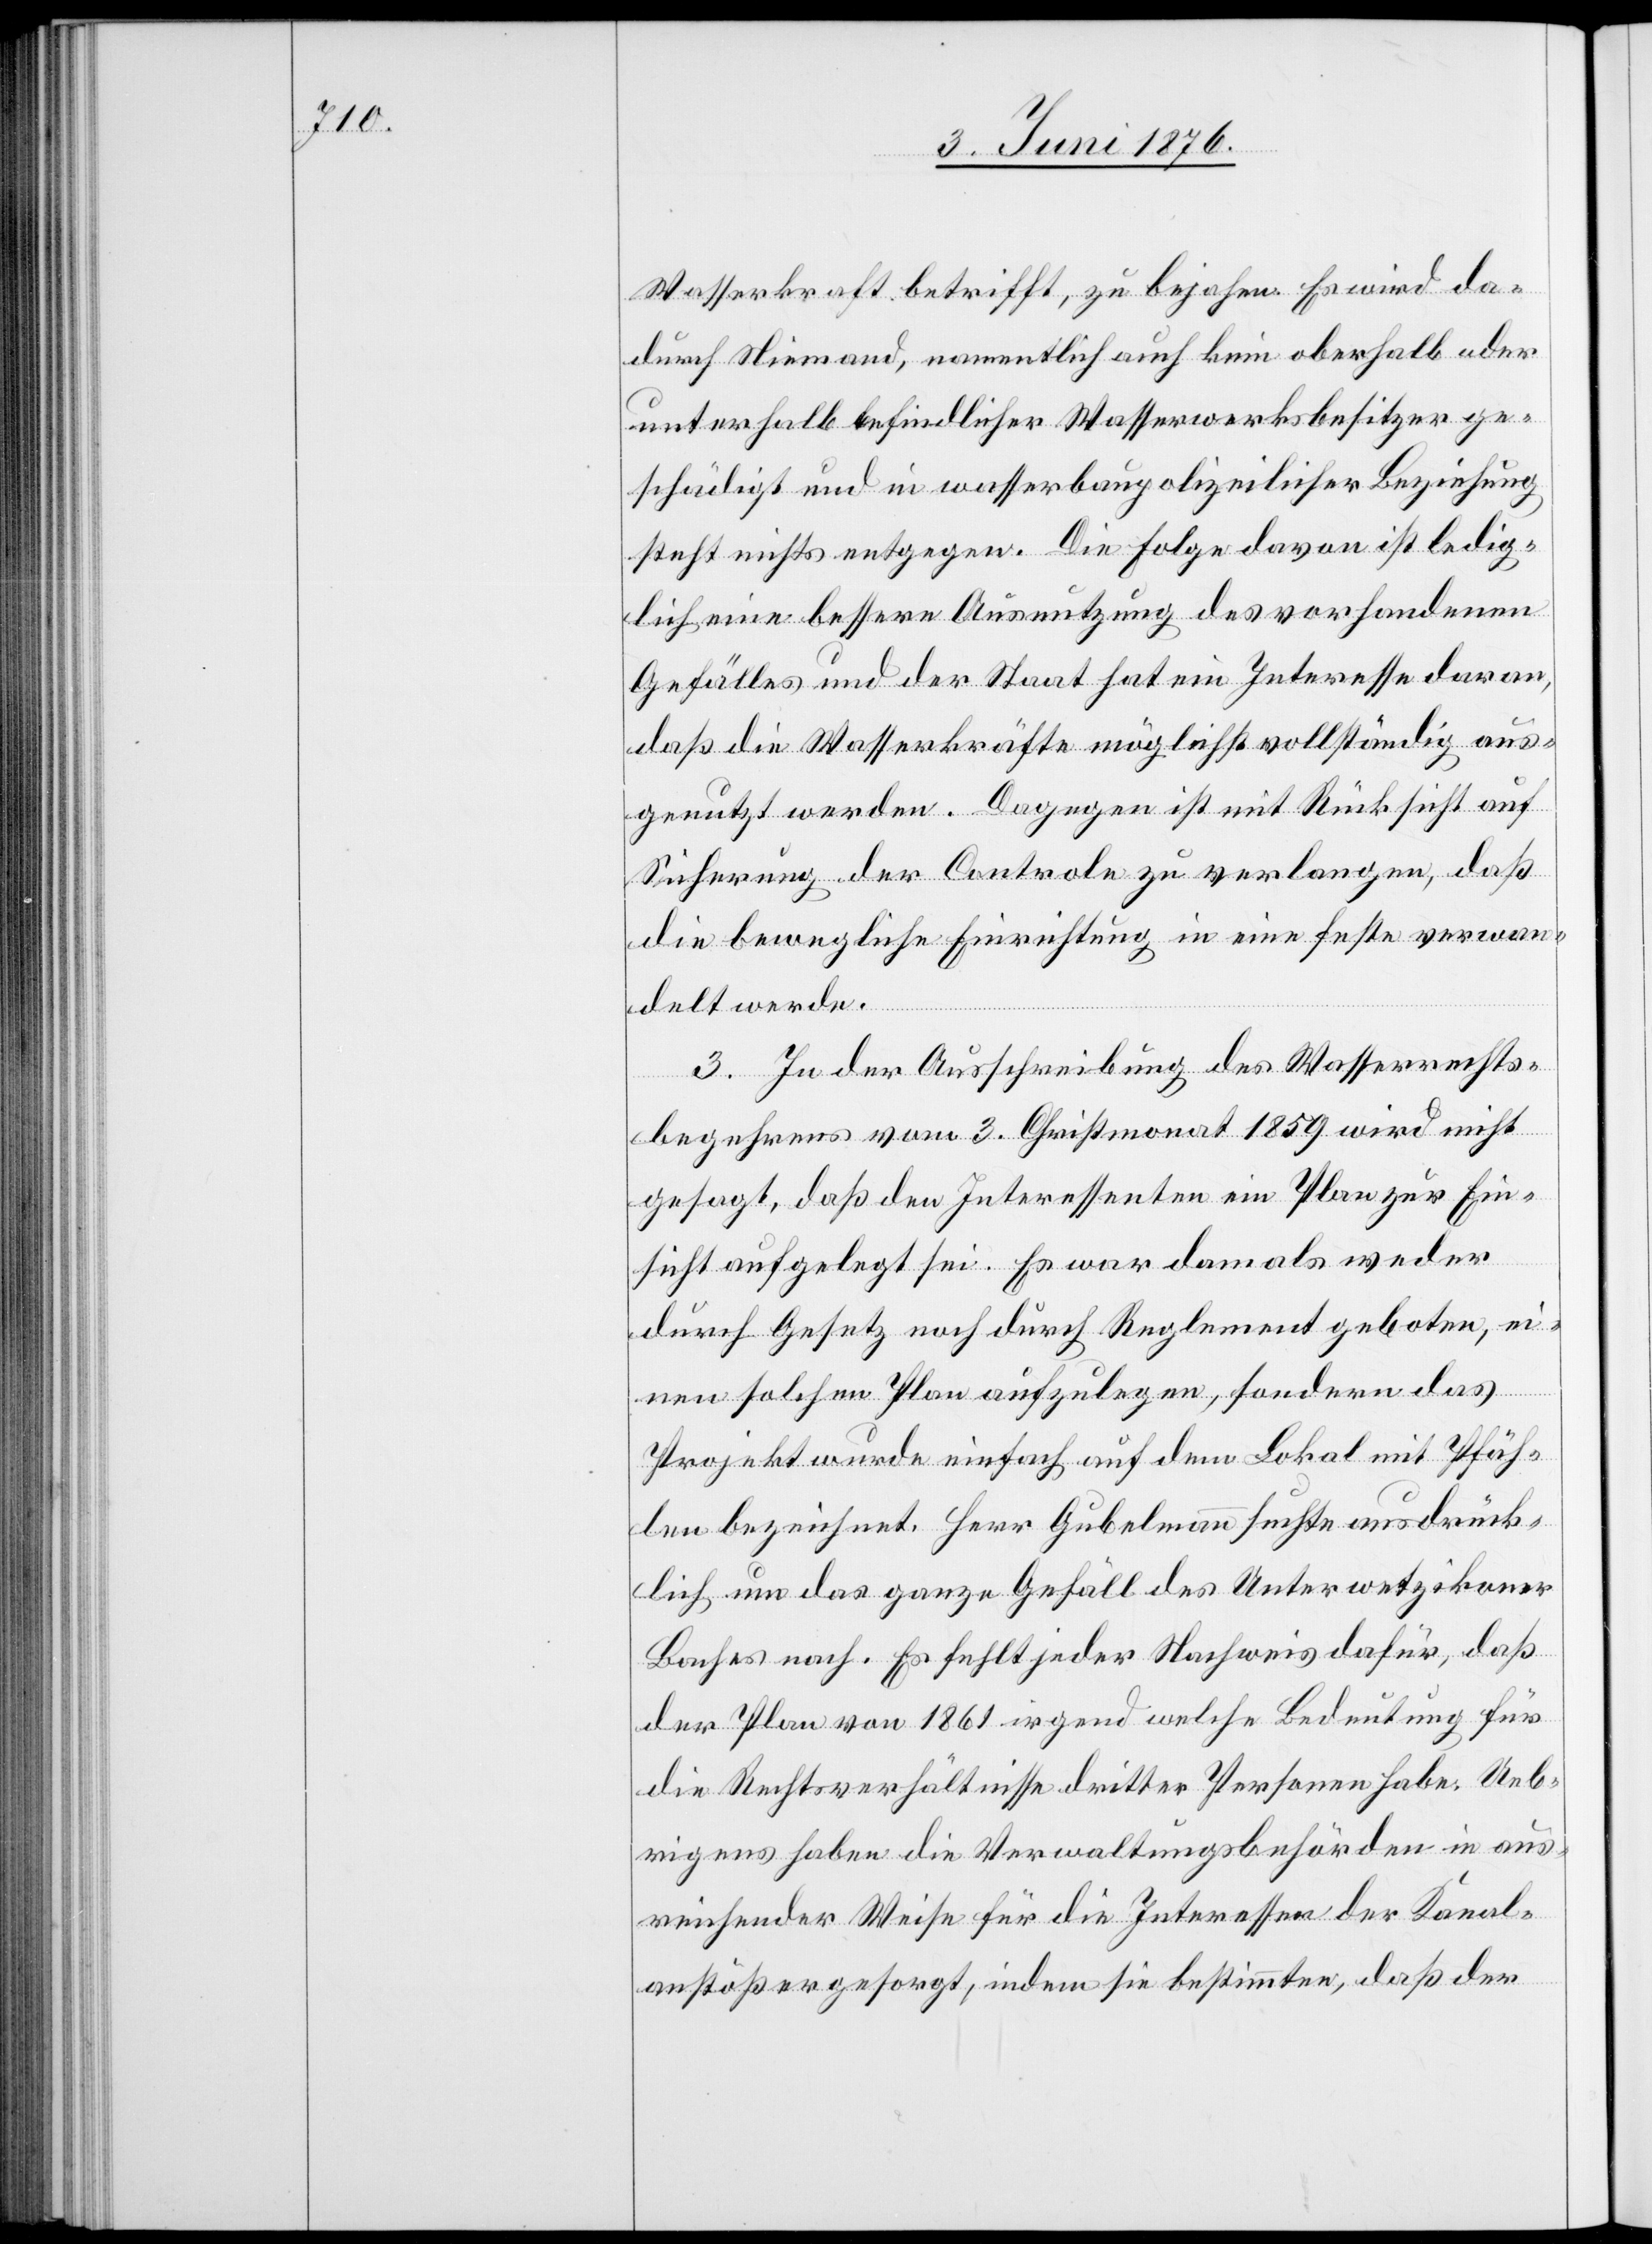
Wasserkraft betrifft, zu bejahen. Es wird da¬
durch Niemand, namentlich auch kein oberhalb oder
unterhalb befindlicher Wasserwerksbesitzer ge¬
schädigt und in wasserbaupolizeilicher Beziehung
steht nichts entgegen. Die Folge davon ist ledig¬
lich eine bessere Ausnutzung des vorhandenen
Gefälles und der Staat hat ein Interesse daran,
daß die Wasserkräfte möglichst vollständig aus¬
genutzt werden. Dagegen ist mit Rücksicht auf
Sicherung der Controle zu verlangen, daß
die bewegliche Einrichtung in eine feste verwan¬
delt werde.
3. In der Ausschreibung des Wasserrechts¬
begehrens vom 3. Christmonat 1859 wird nicht
gesagt, daß den Interessenten ein Plan zur Ein¬
sicht aufgelegt sei. Es war damals weder
durch Gesetz noch durch Reglement geboten, ei¬
nen solchen Plan aufzulegen, sondern das
Projekt wurde einfach auf dem Lokal mit Pfäh¬
len bezeichnet. Herr Gubelmann suchte ausdrück¬
lich um das ganze Gefäll des Unterwetzikoner
Baches nach. Es fehlt jeder Nachweis dafür, daß
der Plan von 1861 irgend welche Bedeutung für
die Rechtsverhältnisse dritter Personen habe. Ueb¬
rigens haben die Verwaltungsbehörden in aus¬
reichender Weise für die Interessen der Kanal¬
anstößer gesorgt, indem sie bestimmten, das der